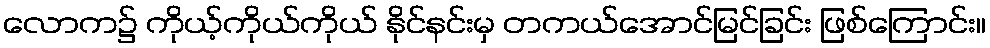
လောက၌ ကိုယ့်ကိုယ်ကိုယ် နိုင်နင်းမှ တကယ်အောင်မြင်ခြင်း ဖြစ်ကြောင်း။